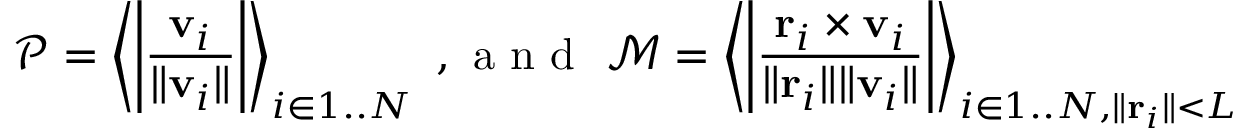
\mathcal P = \left\langle \left| \frac { \mathbf v _ { i } } { \| \mathbf v _ { i } \| } \right| \right\rangle _ { i \in 1 . . N } \mathrm { ~ , ~ a ~ n ~ d ~ } \ \mathcal M = \left\langle \left| \frac { \mathbf r _ { i } \times \mathbf v _ { i } } { \| \mathbf r _ { i } \| \| \mathbf v _ { i } \| } \right| \right\rangle _ { i \in 1 . . N , \| \mathbf r _ { i } \| < L }